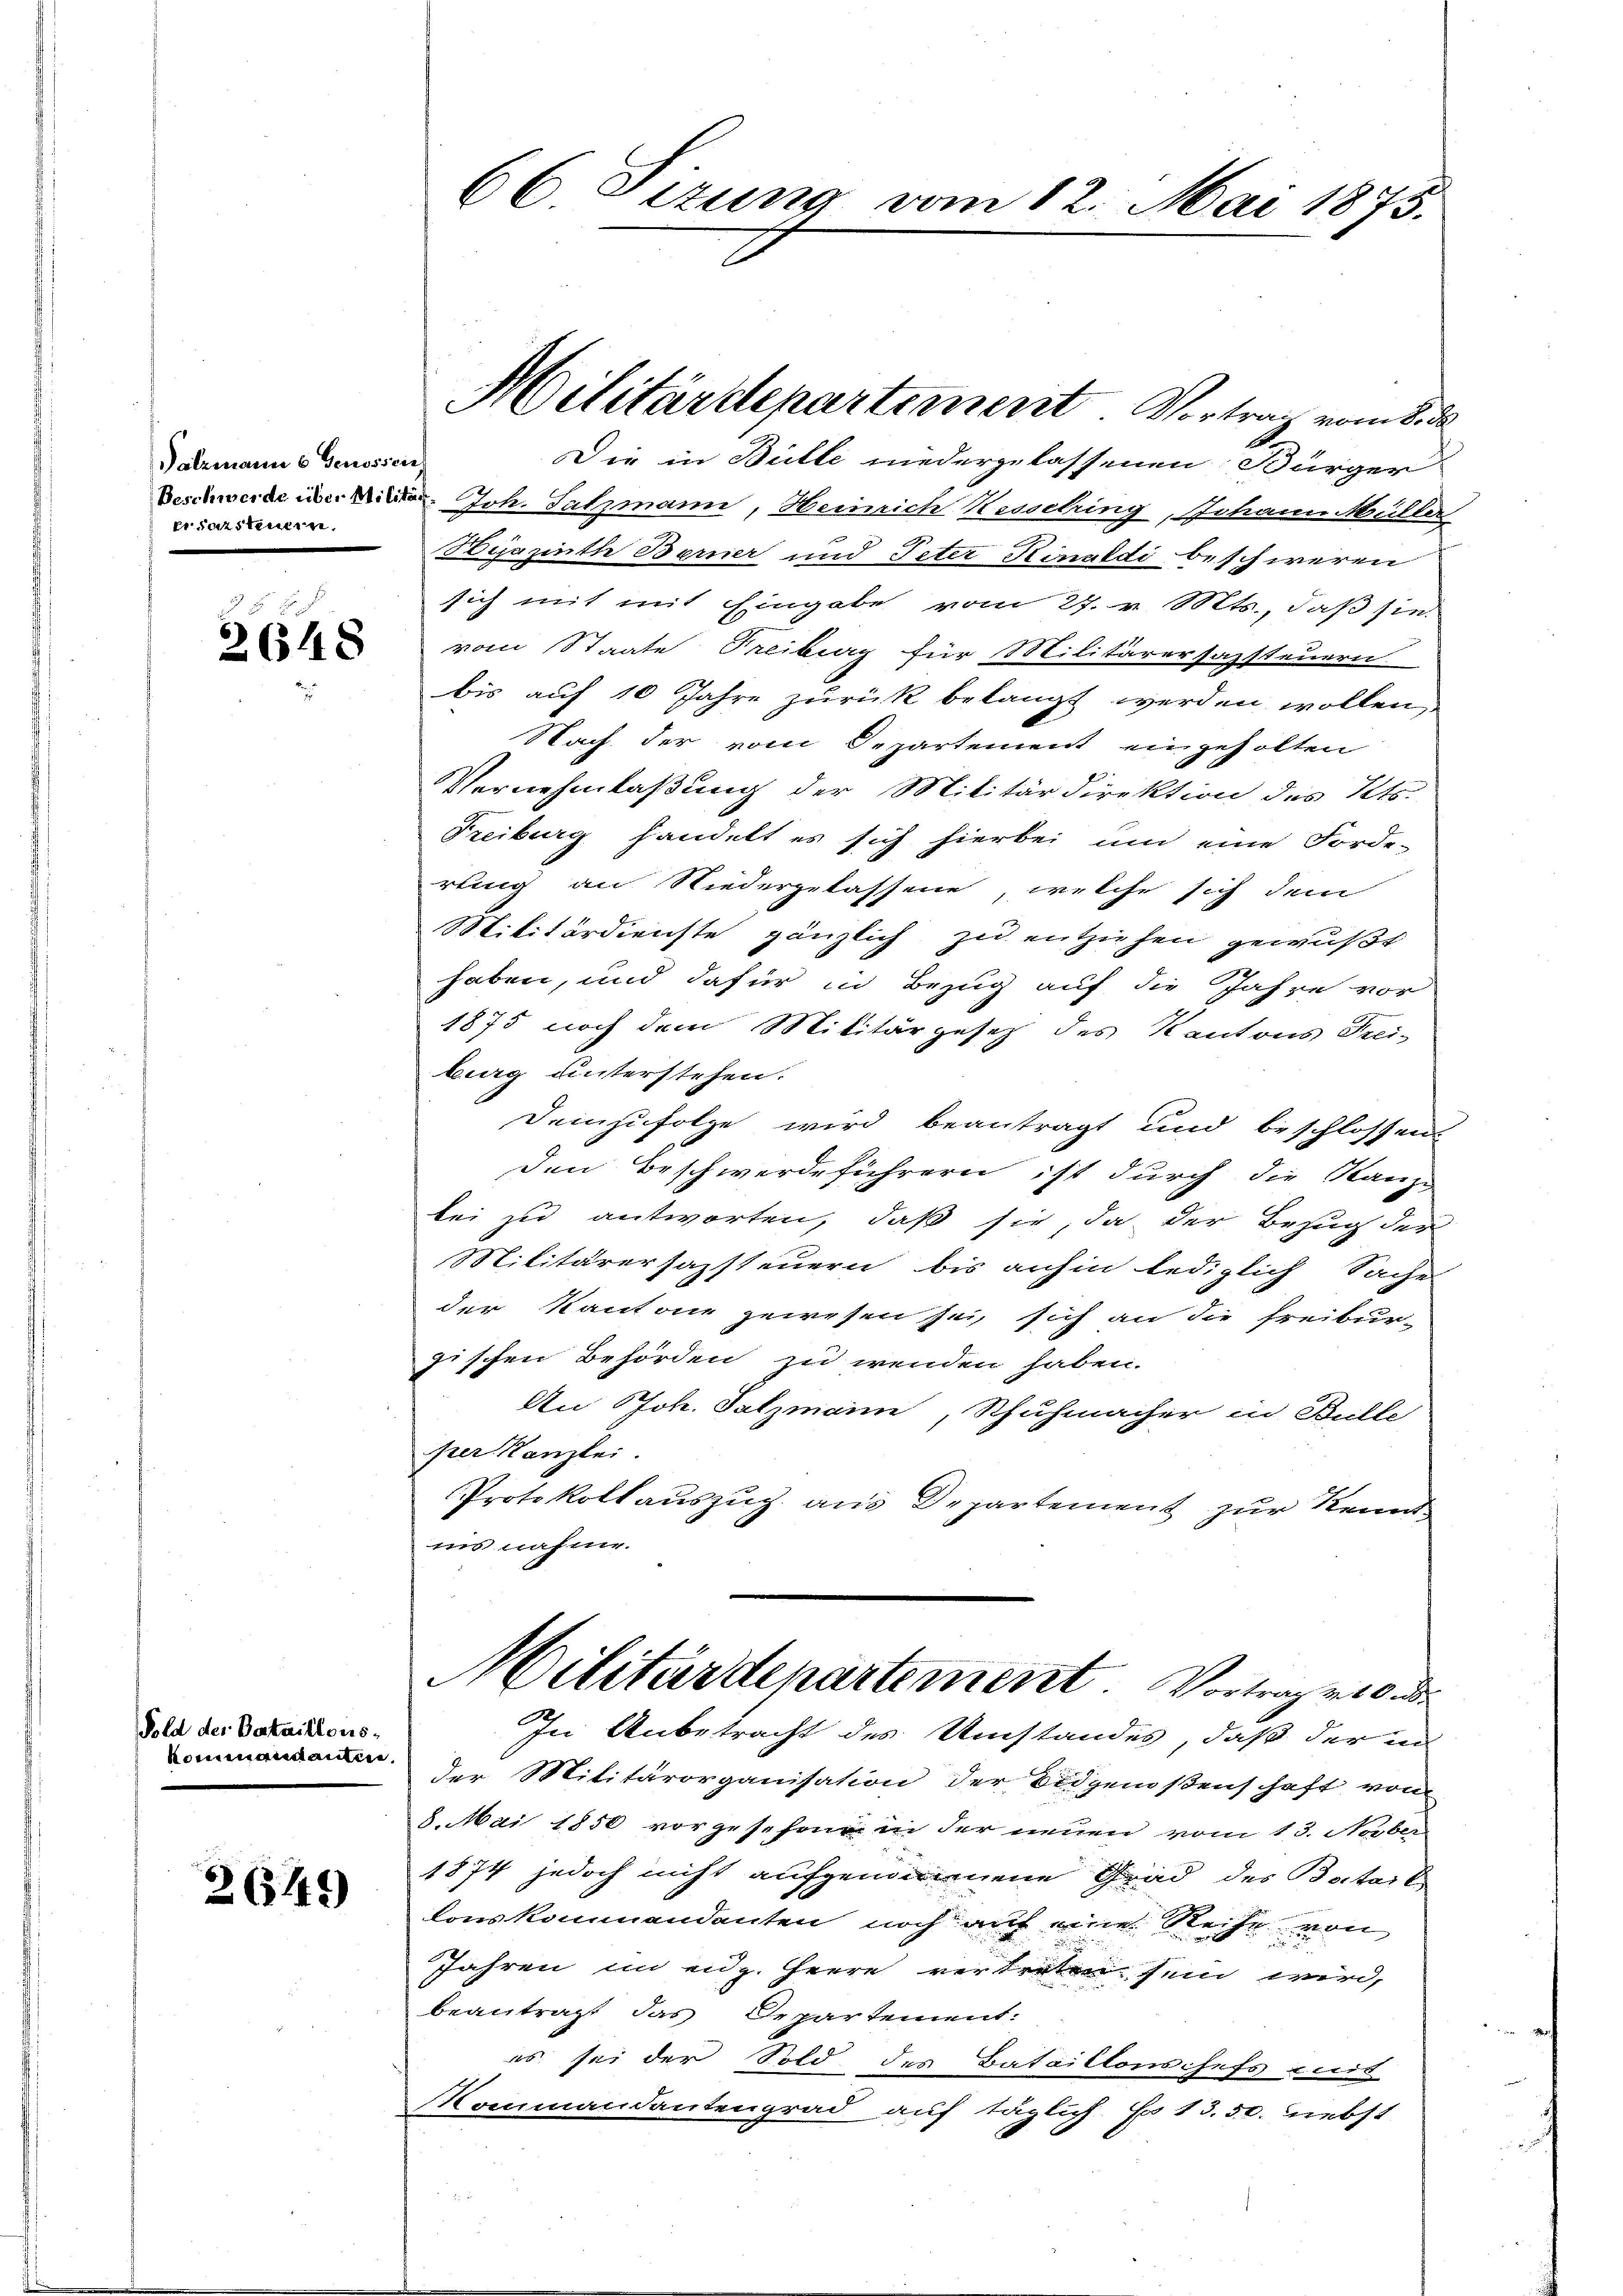
Salzmann 6 Genossens
ercatstemen

2648

Pold der Bataillons-
komandanten.

2649

Die in Bülle niedergelassenen Bürger
Beschwerde in d. Joh. Satzmann, Heinrich Kessching, Johann Kulla
Hejazinth Berner und Peter Kinaldi beschweren
sich mit mit Eingabe vom 27. v. Mts., daß sie
vom Staate Freiburg für Militärersazsteuern
bis auf 10 Jahre zurück belangt werden wollen,
Nach der vom Departement eingeholten
Vernehmlaßung der Militärdirektion des Kts.
Freiburg handelt es sich hierbei, um eine Forde-
rling an Niedergelassene, welche sich dem
Militärdienste gänzlich zu entziehen gewußt
haben, und dafür in Bezug auf die Jahre vor
1875 noch dem Militärgesetz des Kantons Frei-
burg unterstehen.
Demzufolge wird beantragt und beschlossen.
den Beschwerdeführern ist durch die Kanze
bei zu antworten, daß sie, da der Bezug der
Militärersazsteuern bis anhin lediglich Sache
der Kantone gewesen sei, sich an die Freibur-
fischen Behörden zu wenden haben.
An Joh. Salzmann, Schuhmacher in Bulle
per Kanzlei.
Protokollaŭszŭg ans Departement zur Kennt
ins nahme.

66. Sizung vom 12. Mai 1875.

Militärdepartement Vortrag vom 8. d.

Militärdepartement. Vortrag von
In Anbetracht des Umstandes, daß der in

der Militärorganisation der Eidgenoßenschaft von
8. Mai 1850 vorgesehen in der neuen vom 13. Nober
1874 jedoch nicht aufgenommenene Grad des Botart
lonskommandanten noch auf eine Reihe von
Jahren im eidg. Herrn vertreten sein wird,
beantragt das Departement:
es sei der Sold des Bataillonschefs mit
Kommandantengrad auf täglich. Es 13. 50. nebst